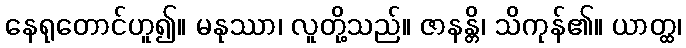
နေရုတောင်ဟူ၍။ မနုဿာ၊ လူတို့သည်။ ဇာနန္တိ၊ သိကုန်၏။ ယာတ္ထ၊